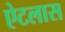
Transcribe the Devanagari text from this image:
ऐटलास